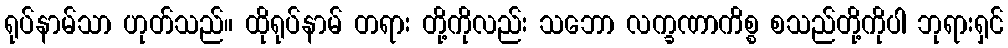
ရုပ်နာမ်သာ ဟုတ်သည်။ ထိုရုပ်နာမ် တရား တို့ကိုလည်း သဘော လက္ခဏာကိစ္စ စသည်တို့ကိုပါ ဘုရားရှင်